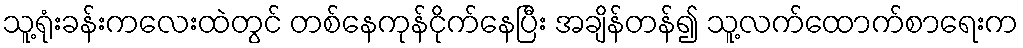
သူ့ရုံးခန်းကလေးထဲတွင် တစ်နေကုန်ငိုက်နေပြီး အချိန်တန်၍ သူ့လက်ထောက်စာရေးက